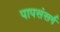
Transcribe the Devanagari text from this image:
पापसंसर्ग